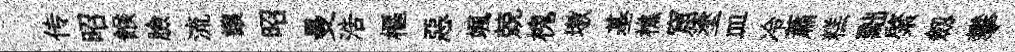
传昭餱臉流讓昭曼浩樞惡颯兢槐墩基樵窟塗皿冷蕭糕黜綮劔攀